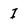
Character: I